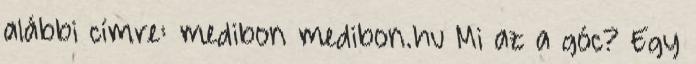
alábbi címre: medibon medibon.hu Mi az a góc? Egy